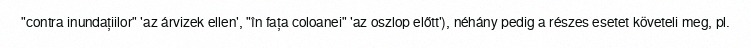
"contra inundațiilor" 'az árvizek ellen', "în fața coloanei" 'az oszlop előtt'), néhány pedig a részes esetet követeli meg, pl.